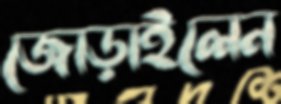
জোড়াইলেন